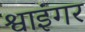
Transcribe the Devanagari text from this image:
श्वाइंगर